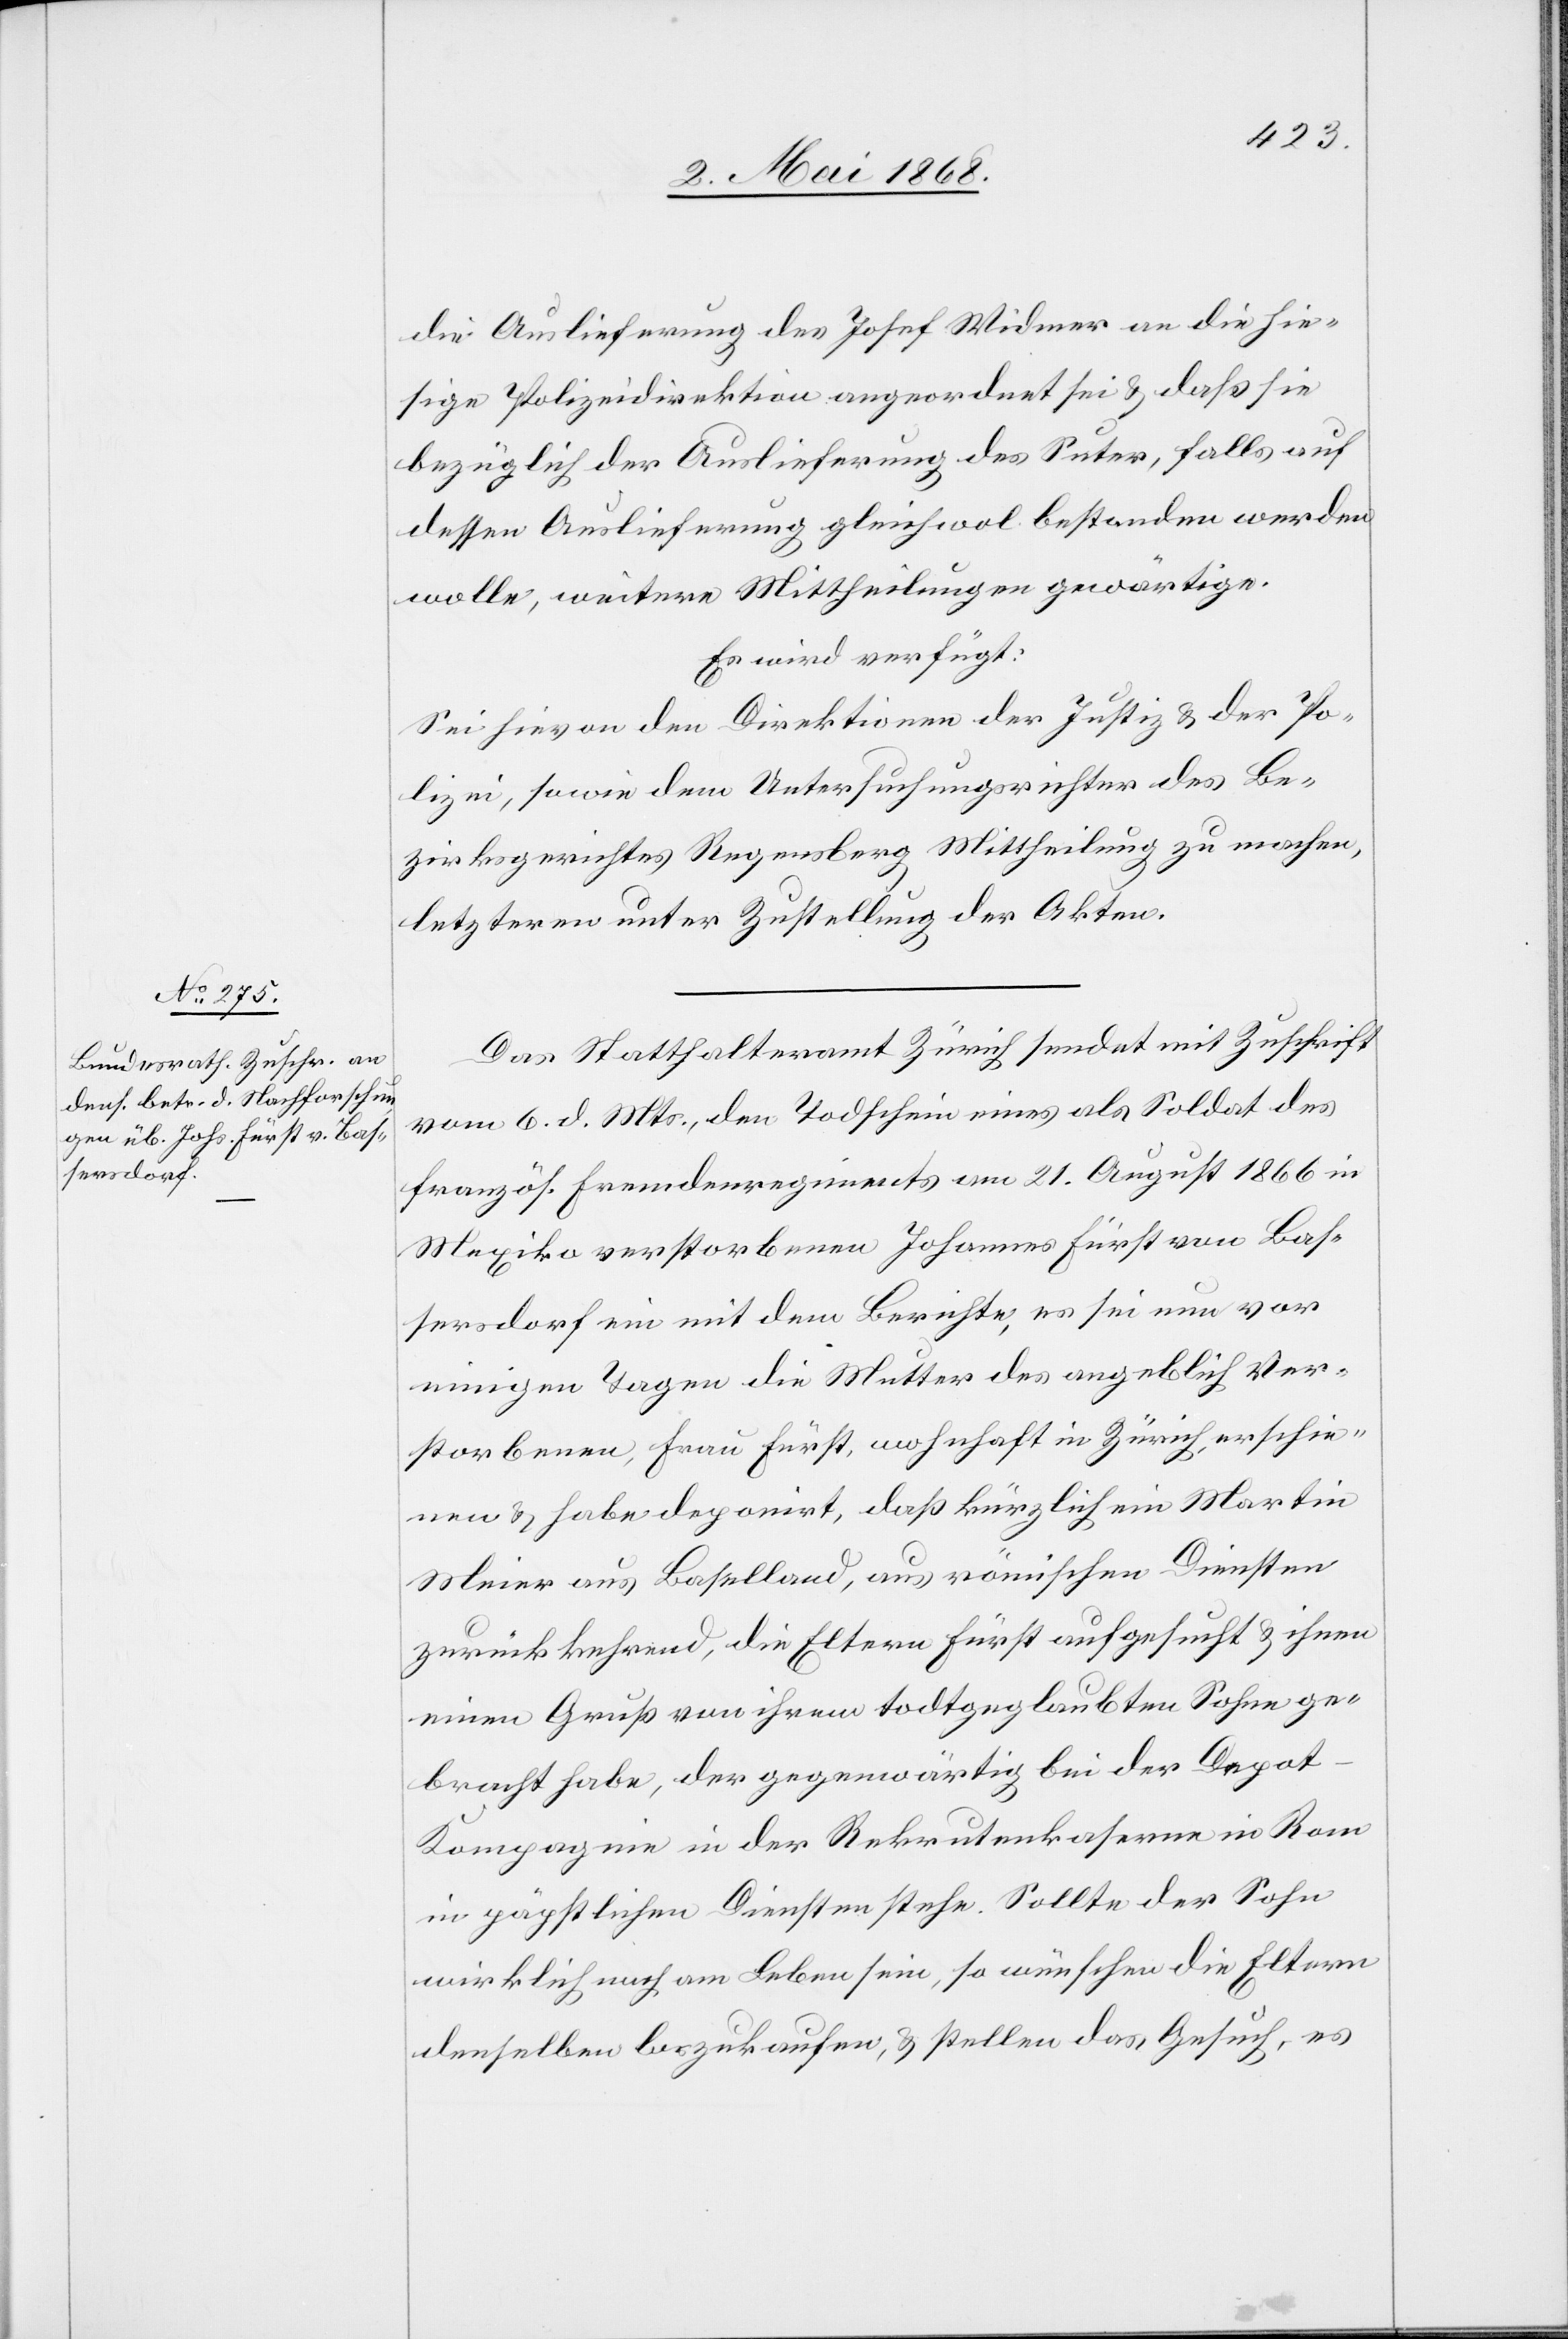
8. Mai 1868.]
die Auslieferung des Josef Widmer an die hie¬
sige Polizeidirektion angeordnet sei & daß sie
bezüglich der Auslieferung des Suter, falls auf
dessen Auslieferung gleichwol bestanden werden
wolle, weitere Mittheilungen gewärtige.
Es wird verfügt:
Sei hievon den Direktionen der Justiz & der Po¬
lizei, sowie dem Untersuchungsrichter des Be¬
zirksgerichtes Regensberg Mittheilung zu machen,
letzteren unter Zustellung der Akten.
Das Statthalteramt Zürich sendet mit Zuschrift
vom 6. d. Mts., den Todschein eines als Soldat des
französ. Fremdenregiments am 21. August 1866 in
Mexiko verstorbenen Johannes Fürst von Bas¬
sersdorf ein mit dem Berichte, es sei nun vor
einigen Tagen die Mutter des angeblich Ver¬
storbenen, Frau Fürst, wohnhaft in Zürich, erschie¬
nen & habe deponirt, daß kürzlich ein Martin
Meier aus Baselland, aus römischen Diensten
zurückkehrend, die Eltern Fürst aufgesucht & ihnen
einen Gruß von ihrem todtgeglaubten Sohne ge¬
bracht habe, der gegenwärtig bei der Depot-K¬
ompagnie in der Rekrutenkaserne in Rom
in päpstlichen Diensten stehe. Sollte der Sohn
wirklich noch am Leben sein, so wünschen die Eltern
denselben loszukaufen, & stellen das Gesuch, es